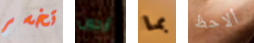
تخسر أرجون بما ألاحظ